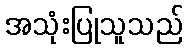
အသုံးပြုသူသည်